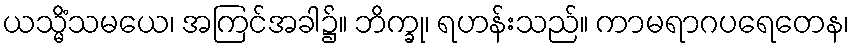
ယသ္မိံသမယေ၊ အကြင်အခါ၌။ ဘိက္ခု၊ ရဟန်းသည်။ ကာမရာဂပရေတေန၊